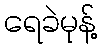
ရေခဲမုန့်